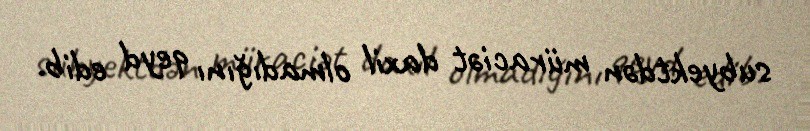
subyektdən müraciət daxil olmadığını qeyd edib.